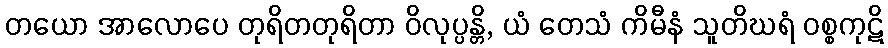
တယော အာလောပေ တုရိတတုရိတာ ဝိလုပ္ပန္တိ, ယံ တေသံ ကိမီနံ သူတိဃရံ ဝစ္စကုဋိ